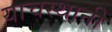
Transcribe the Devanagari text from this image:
याचस्थानी